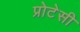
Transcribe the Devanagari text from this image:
प्रोटेसी